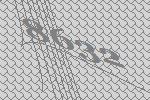
8632